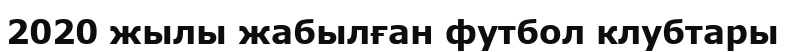
2020 жылы жабылған футбол клубтары